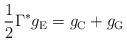
LaTeX: \begin{align*}\frac 1 2 \Gamma^* g_\textup{E} = g_\textup{C} + g_\textup{G}\end{align*}